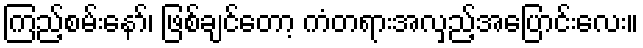
ကြည့်စမ်းနော်၊ ဖြစ်ချင်တော့ ကံတရားအလှည့်အပြောင်းလေး။